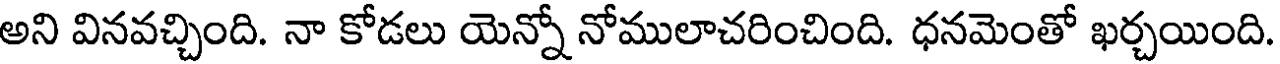
అని వినవచ్చింది. నా కోడలు యెన్నో నోములాచరించింది. ధనమెంతో ఖర్చయింది